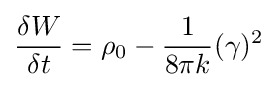
{\frac {\delta W}{\delta t}}=\rho _{0}-{\frac {1}{8\pi {k}}}(\gamma )^{2}